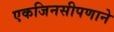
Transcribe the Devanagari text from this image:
एकजिनसीपणाने